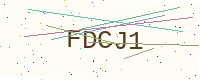
Text: FDCJ1